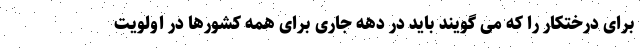
برای درختکار را که می گویند باید در دهه جاری برای همه کشورها در اولویت